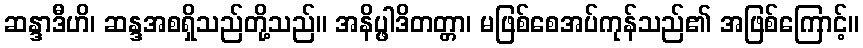
ဆန္ဒာဒီဟိ၊ ဆန္ဒအစရှိသည်တို့သည်။ အနိပ္ဖါဒိတတ္တာ၊ မဖြစ်စေအပ်ကုန်သည်၏ အဖြစ်ကြောင့်။